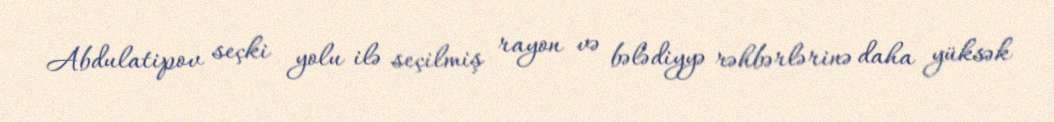
Abdulatipov seçki yolu ilə seçilmiş rayon və bələdiyyə rəhbərlərinə daha yüksək